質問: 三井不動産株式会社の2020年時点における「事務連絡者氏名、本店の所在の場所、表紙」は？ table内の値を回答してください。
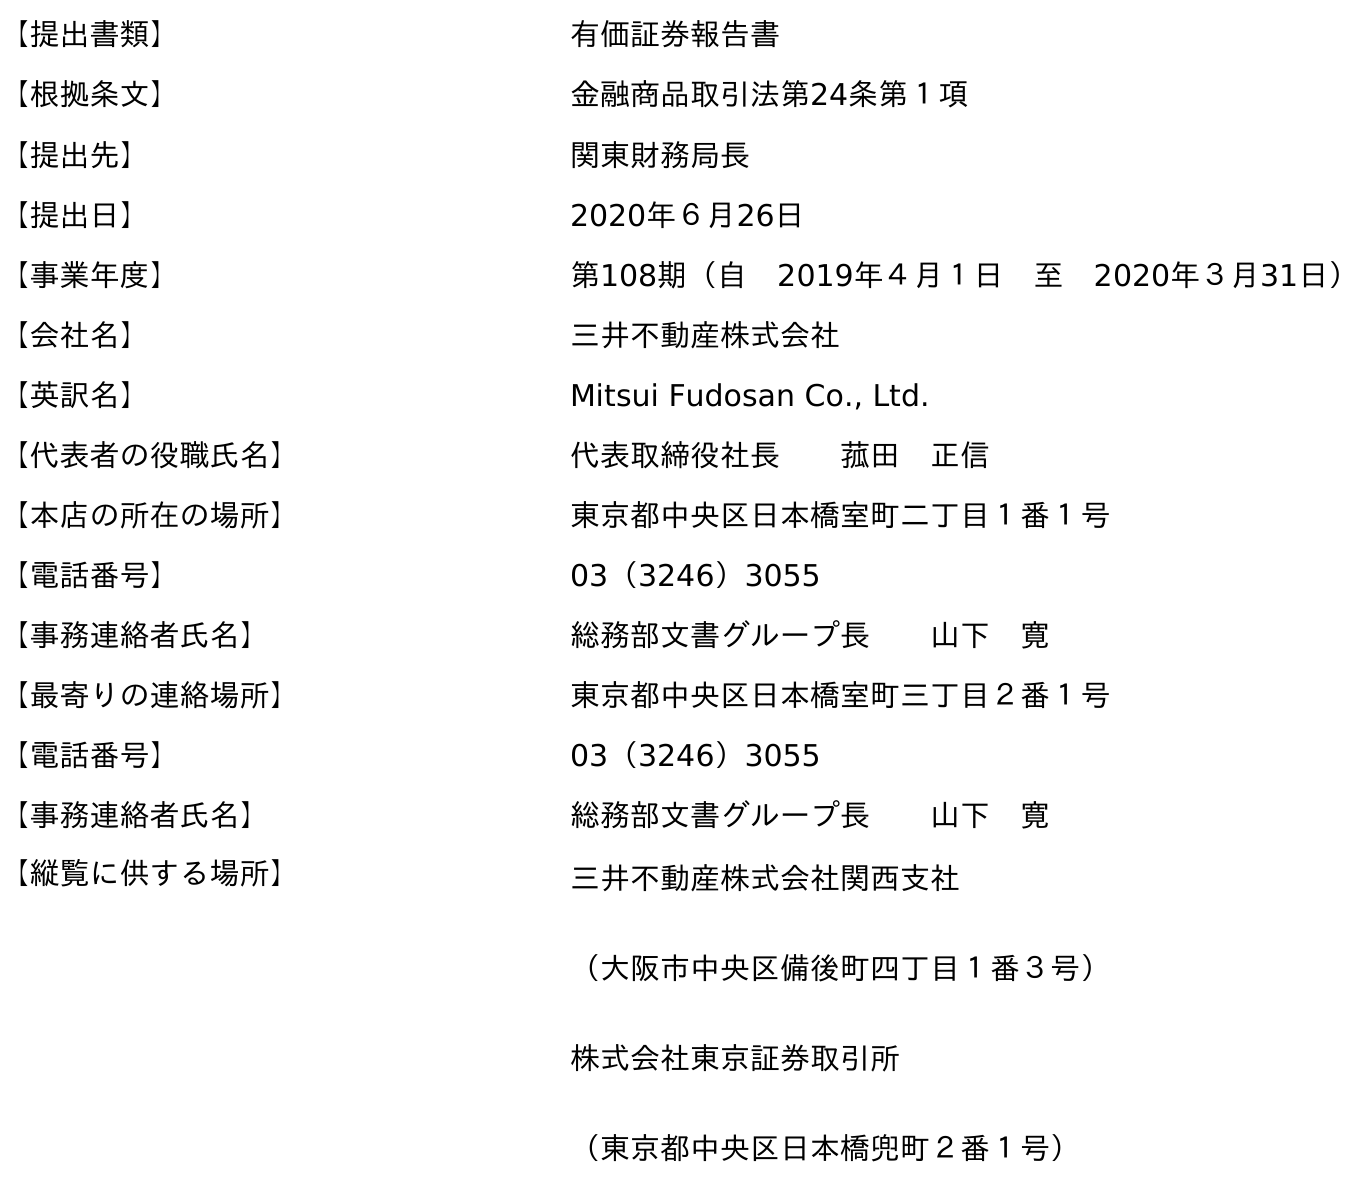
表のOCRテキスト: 【提出書類】 有価証券報告書 【根拠条文】 金融商品取引法第24条第１項 【提出先】 関東財務局長 【提出日】 2020年６月26日 【事業年度】 第108期（自 2019年４月１日 至 2020年３月31日） 【会社名】 三井不動産株式会社 【英訳名】 Mitsui Fudosan Co., Ltd. 【代表者の役職氏名】 代表取締役社長  菰田 正信 【本店の所在の場所】 東京都中央区日本橋室町二丁目１番１号 【電話番号】 03（3246）3055 【事務連絡者氏名】 総務部文書グループ長  山下 寛 【最寄りの連絡場所】 東京都中央区日本橋室町三丁目２番１号 【電話番号】 03（3246）3055 【事務連絡者氏名】 総務部文書グループ長  山下 寛 【縦覧に供する場所】 三井不動産株式会社関西支社 （大阪市中央区備後町四丁目１番３号） 株式会社東京証券取引所 （東京都中央区日本橋兜町２番１号）
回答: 総務部文書グループ長山下　寛